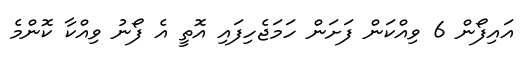
އައިފޯން 6 ވިއްކަން ފަށަން ހަމަޖެހިފައި އޮތީ އެ ފޯނު ވިއްކާ ކޮންމެ